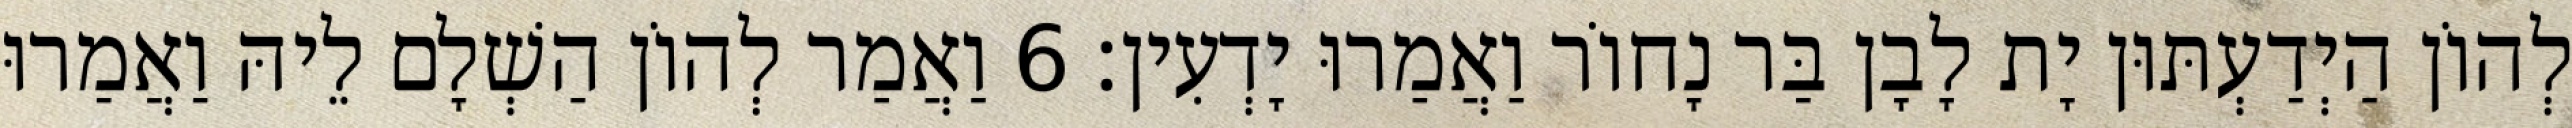
לְהוֹן הַיְדַעְתּוּן יָת לָבָן בַּר נָחוֹר וַאֲמַרוּ יָדְעִין׃ 6 וַאֲמַר לְהוֹן הַשְׁלָם לֵיהּ וַאֲמַרוּ